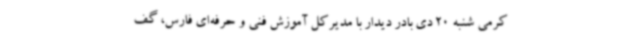
کرمی شنبه 20 دی بادر دیدار با مدیرکل آموزش فنی و حرفه‌ای فارس، گف